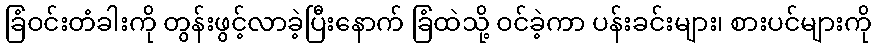
ခြံဝင်းတံခါးကို တွန်းဖွင့်လာခဲ့ပြီးနောက် ခြံထဲသို့ ဝင်ခဲ့ကာ ပန်းခင်းများ၊ စားပင်များကို